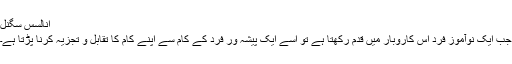
انالسس سگنل
جب ایک نوآموز فرد اس کاروبار میں قدم رکھتا ہے تو اسے ایک پیشہ ور فرد کے کام سے اپنے کام کا تقابل و تجزیہ کرنا پڑتا ہے۔